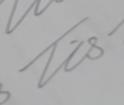
Signature authenticity: genuine